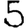
Digit: 5